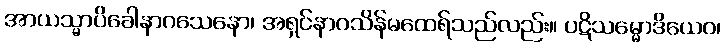
အာယသ္မာပိခေါနာဂသေနော၊ အရှင်နာဂသိန်မထေရ်သည်လည်း။ ပဋိသမ္မောဒိယေဝ၊